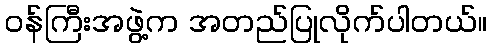
ဝန်ကြီးအဖွဲ့က အတည်ပြုလိုက်ပါတယ်။